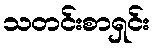
သတင်းစာရှင်း